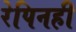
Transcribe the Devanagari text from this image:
रेपिनही